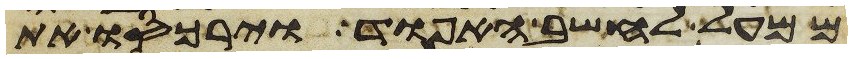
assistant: ממעל לחשב האפוד וירכסו את